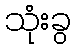
သုံးခွ